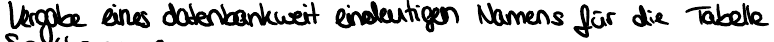
Vergabe eines datenbankweit eindeutigen Namens für die Tabelle